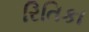
રિતિકા